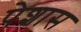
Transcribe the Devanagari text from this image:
पेशास